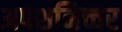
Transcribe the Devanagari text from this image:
अपशनिच्चर